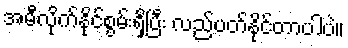
အမီလိုက်နိုင်စွမ်းရှိပြီး လည်ပတ်နိုင်တာပါပဲ။